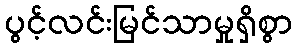
ပွင့်လင်းမြင်သာမှုရှိစွာ